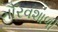
ગૌરવશાળી